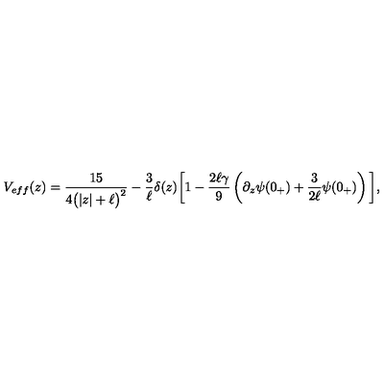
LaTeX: V _ { e f f } ( z ) = \frac { 1 5 } { 4 \big ( | z | + \ell \big ) ^ { 2 } } - \frac { 3 } { \ell } \delta ( z ) \bigg [ 1 - \frac { 2 \ell \gamma } { 9 } \left( \partial _ { z } \psi ( 0 _ { + } ) + \frac { 3 } { 2 \ell } \psi ( 0 _ { + } ) \right) \bigg ] ,